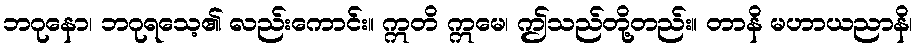
ဘဂုနော၊ ဘဂုရသေ့၏ လည်းကောင်း။ ဣတိ ဣမေ၊ ဤသည်တို့တည်း။ တာနိ မဟာယညာနိ၊